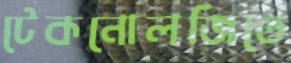
টেকনোলজিতে